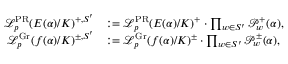
\begin{array} { r l } { \mathcal { L } _ { p } ^ { \mathrm { P R } } ( E ( \alpha ) / K ) ^ { + , S ^ { \prime } } } & { : = \mathcal { L } _ { p } ^ { \mathrm { P R } } ( E ( \alpha ) / K ) ^ { + } \cdot \prod _ { w \in S ^ { \prime } } \mathcal { P } _ { w } ^ { + } ( \alpha ) , } \\ { \mathcal { L } _ { p } ^ { \mathrm { G r } } ( f ( \alpha ) / K ) ^ { \pm , S ^ { \prime } } } & { : = \mathcal { L } _ { p } ^ { \mathrm { G r } } ( f ( \alpha ) / K ) ^ { \pm } \cdot \prod _ { w \in S ^ { \prime } } \mathcal { P } _ { w } ^ { \pm } ( \alpha ) , } \end{array}